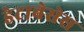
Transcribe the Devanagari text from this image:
डेटाबेसेस